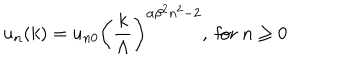
LaTeX: u _ { n } ( k ) = u _ { n 0 } \left( { \frac { k } { \Lambda } } \right) ^ { \alpha \beta ^ { 2 } n ^ { 2 } - 2 } , { \mathrm { ~ f o r ~ } } n \ge 0